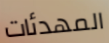
المهدئات